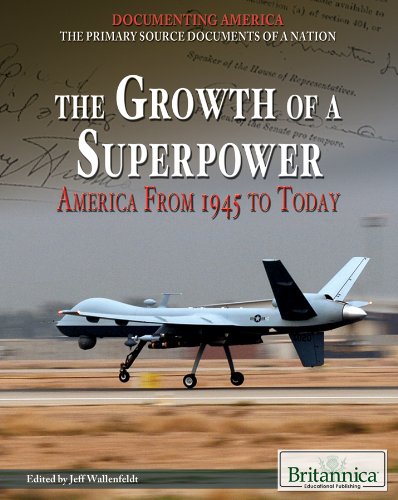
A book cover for The Growth of a Superpower: America from 1945 to Today (Documenting America: The Primary Source Documents of a Nation); Teen & Young Adult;